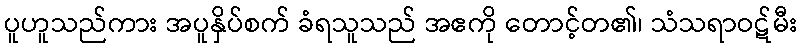
ပူဟူသည်ကား အပူနှိပ်စက် ခံရသူသည် အဧကို တောင့်တ၏၊ သံသရာဝဋ်မီး